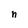
Character: n